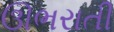
ઊભરાતી